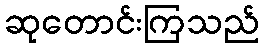
ဆုတောင်းကြသည်